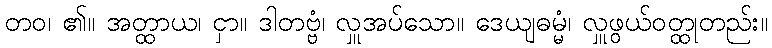
တဝ၊ ၏။ အတ္ထာယ၊ ငှာ။ ဒါတဗ္ဗံ၊ လှူအပ်သော။ ဒေယျဓမ္မံ၊ လှူဖွယ်ဝတ္ထုတည်း။